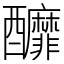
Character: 釄